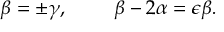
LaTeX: \beta = \pm \gamma , ~ ~ ~ ~ ~ ~ ~ \beta - 2 \alpha = \epsilon \beta .